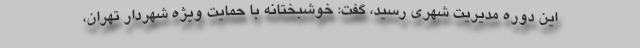
این دوره مدیریت شهری رسید، گفت: خوشبختانه با حمایت ویژه شهردار تهران،